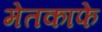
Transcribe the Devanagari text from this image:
मेतकाफे